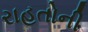
રાહતોની